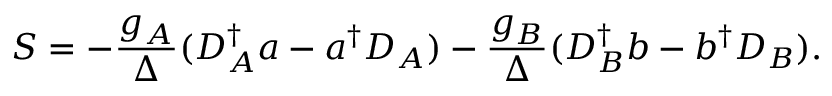
S = - \frac { g _ { A } } { \Delta } ( D _ { A } ^ { \dagger } a - a ^ { \dagger } D _ { A } ) - \frac { g _ { B } } { \Delta } ( D _ { B } ^ { \dagger } b - b ^ { \dagger } D _ { B } ) .